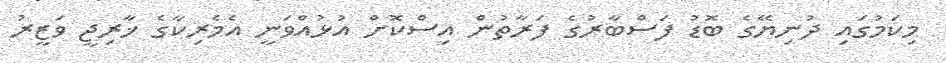
މިކަމުގައި ދުނިޔޭގެ ބޮޑު ފަސްބާރުގެ ފަރާތުން އިސްކޮށް އުޅުއްވަނީ އެމެރިކާގެ ޚާރިޖީ ވަޒީރު